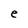
Character: e